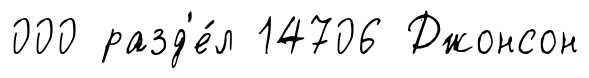
000 разд'е́л 14706 Джонсон